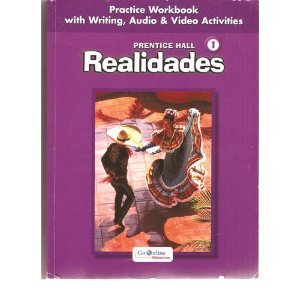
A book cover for Realidades, Level 1, Practice Workbook with Writing, Audio & Video Activities; Teen & Young Adult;